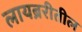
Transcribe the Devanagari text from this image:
लायब्ररीतील